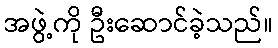
အဖွဲ့ကို ဦးဆောင်ခဲ့သည်။